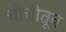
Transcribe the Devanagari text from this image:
चोचीतून